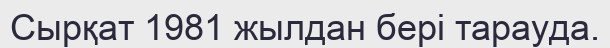
Сырқат 1981 жылдан бері тарауда.